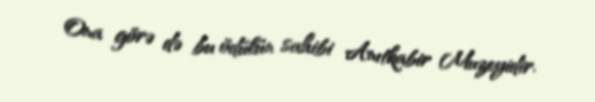
Ona görə də bu ödülün sahibi Anıtkabir Muzeyidir.